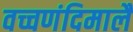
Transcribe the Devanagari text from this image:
वच्चणंदिमालै